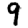
Digit: 9